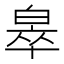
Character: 𬐎